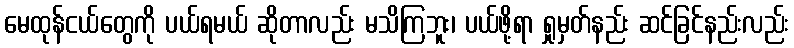
မေထုန်ငယ်တွေကို ပယ်ရမယ် ဆိုတာလည်း မသိကြဘူး၊ ပယ်ဖို့ရာ ရှုမှတ်နည်း ဆင်ခြင်နည်းလည်း